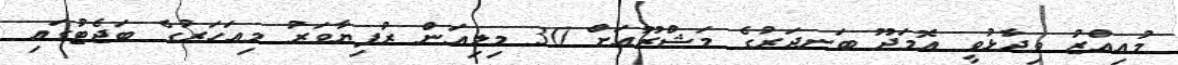
މުއިއްޒު ވިދާޅުވީ އޮމަދޫ ބަނދަރުގެ މަޝްރޫއަށް 30 މިލިއަން ރުފިޔާވަރު މިއަހަރުގެ ބަޖެޓުގައި